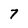
Character: 7